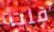
قلت